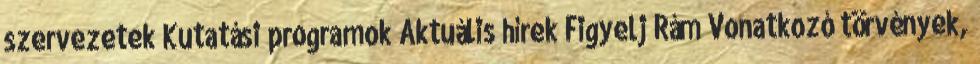
szervezetek Kutatási programok Aktuális hírek Figyelj Rám Vonatkozó törvények,